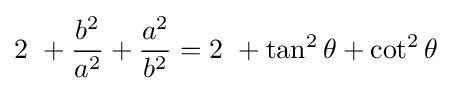
2\ +{\frac {b^{2}}{a^{2}}}+{\frac {a^{2}}{b^{2}}}=2\ +\tan ^{2}\theta +\cot ^{2}\theta